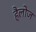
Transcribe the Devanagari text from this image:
हैलोज